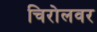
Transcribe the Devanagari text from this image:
चिरोलवर